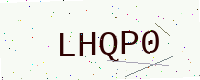
Text: LHQP0